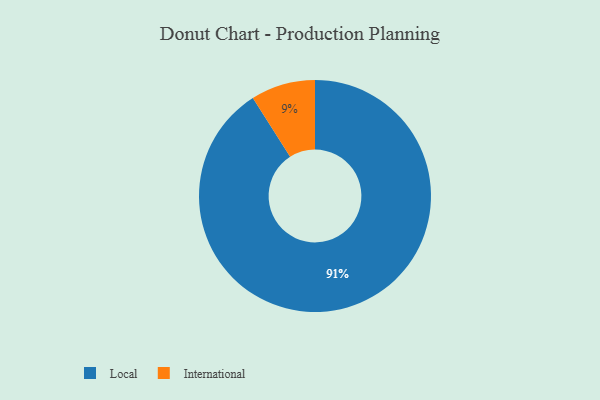
{"axis": {"x": "Category", "y": "Percentage"}, "legend": ["International", "Local"], "data": [{"x": "International", "y": 9, "type": "International"}, {"x": "Local", "y": 91, "type": "Local"}]}